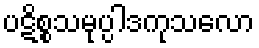
ပဋိစ္စသမုပ္ပါဒကုသလော